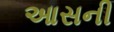
આસની